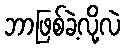
ဘာဖြစ်ခဲ့လို့လဲ